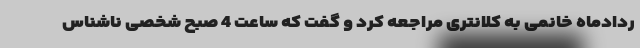
ردادماه خانمی به کلانتری مراجعه کرد و گفت که ساعت 4 صبح شخصی ناشناس